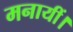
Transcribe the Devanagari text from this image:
मनायीं।